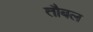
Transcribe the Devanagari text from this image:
तौबल